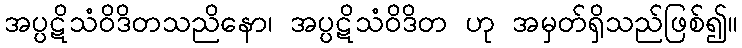
အပ္ပဋိသံဝိဒိတသညိနော၊ အပ္ပဋိသံဝိဒိတ ဟု အမှတ်ရှိသည်ဖြစ်၍။